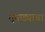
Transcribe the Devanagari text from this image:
तुकड्याचा